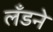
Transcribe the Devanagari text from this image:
लँडने